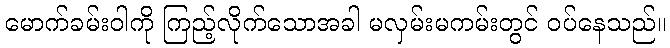
မောက်ခမ်းဝါကို ကြည့်လိုက်သောအခါ မလှမ်းမကမ်းတွင် ဝပ်နေသည်။